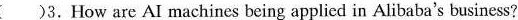
（）3.How are AI machines being applied in Alibaba's business?